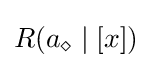
\textstyle R(a_{\diamond }\mid [x])